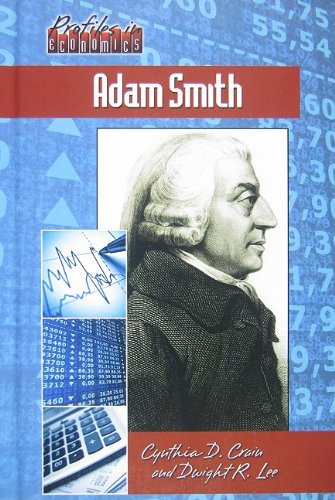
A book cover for Adam Smith (Profiles in Economics); Cynthia D. Crain; Teen & Young Adult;